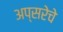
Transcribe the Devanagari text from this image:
अप्सरेचे